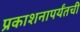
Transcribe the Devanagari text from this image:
प्रकाशनापर्यंतची